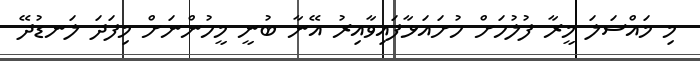
މި މައްސަލަ މީރާ ފުލުހަށް ހުށައަޅާފައިވާއިރު އޭނާ ބުނީ މީހުންނަށް މިފަދަ ލަނޑުދޭ